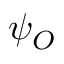
\psi _ { O }